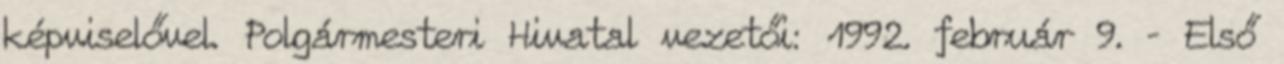
képviselővel. Polgármesteri Hivatal vezetői: 1992. február 9. – Első